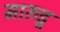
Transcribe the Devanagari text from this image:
मारुडू